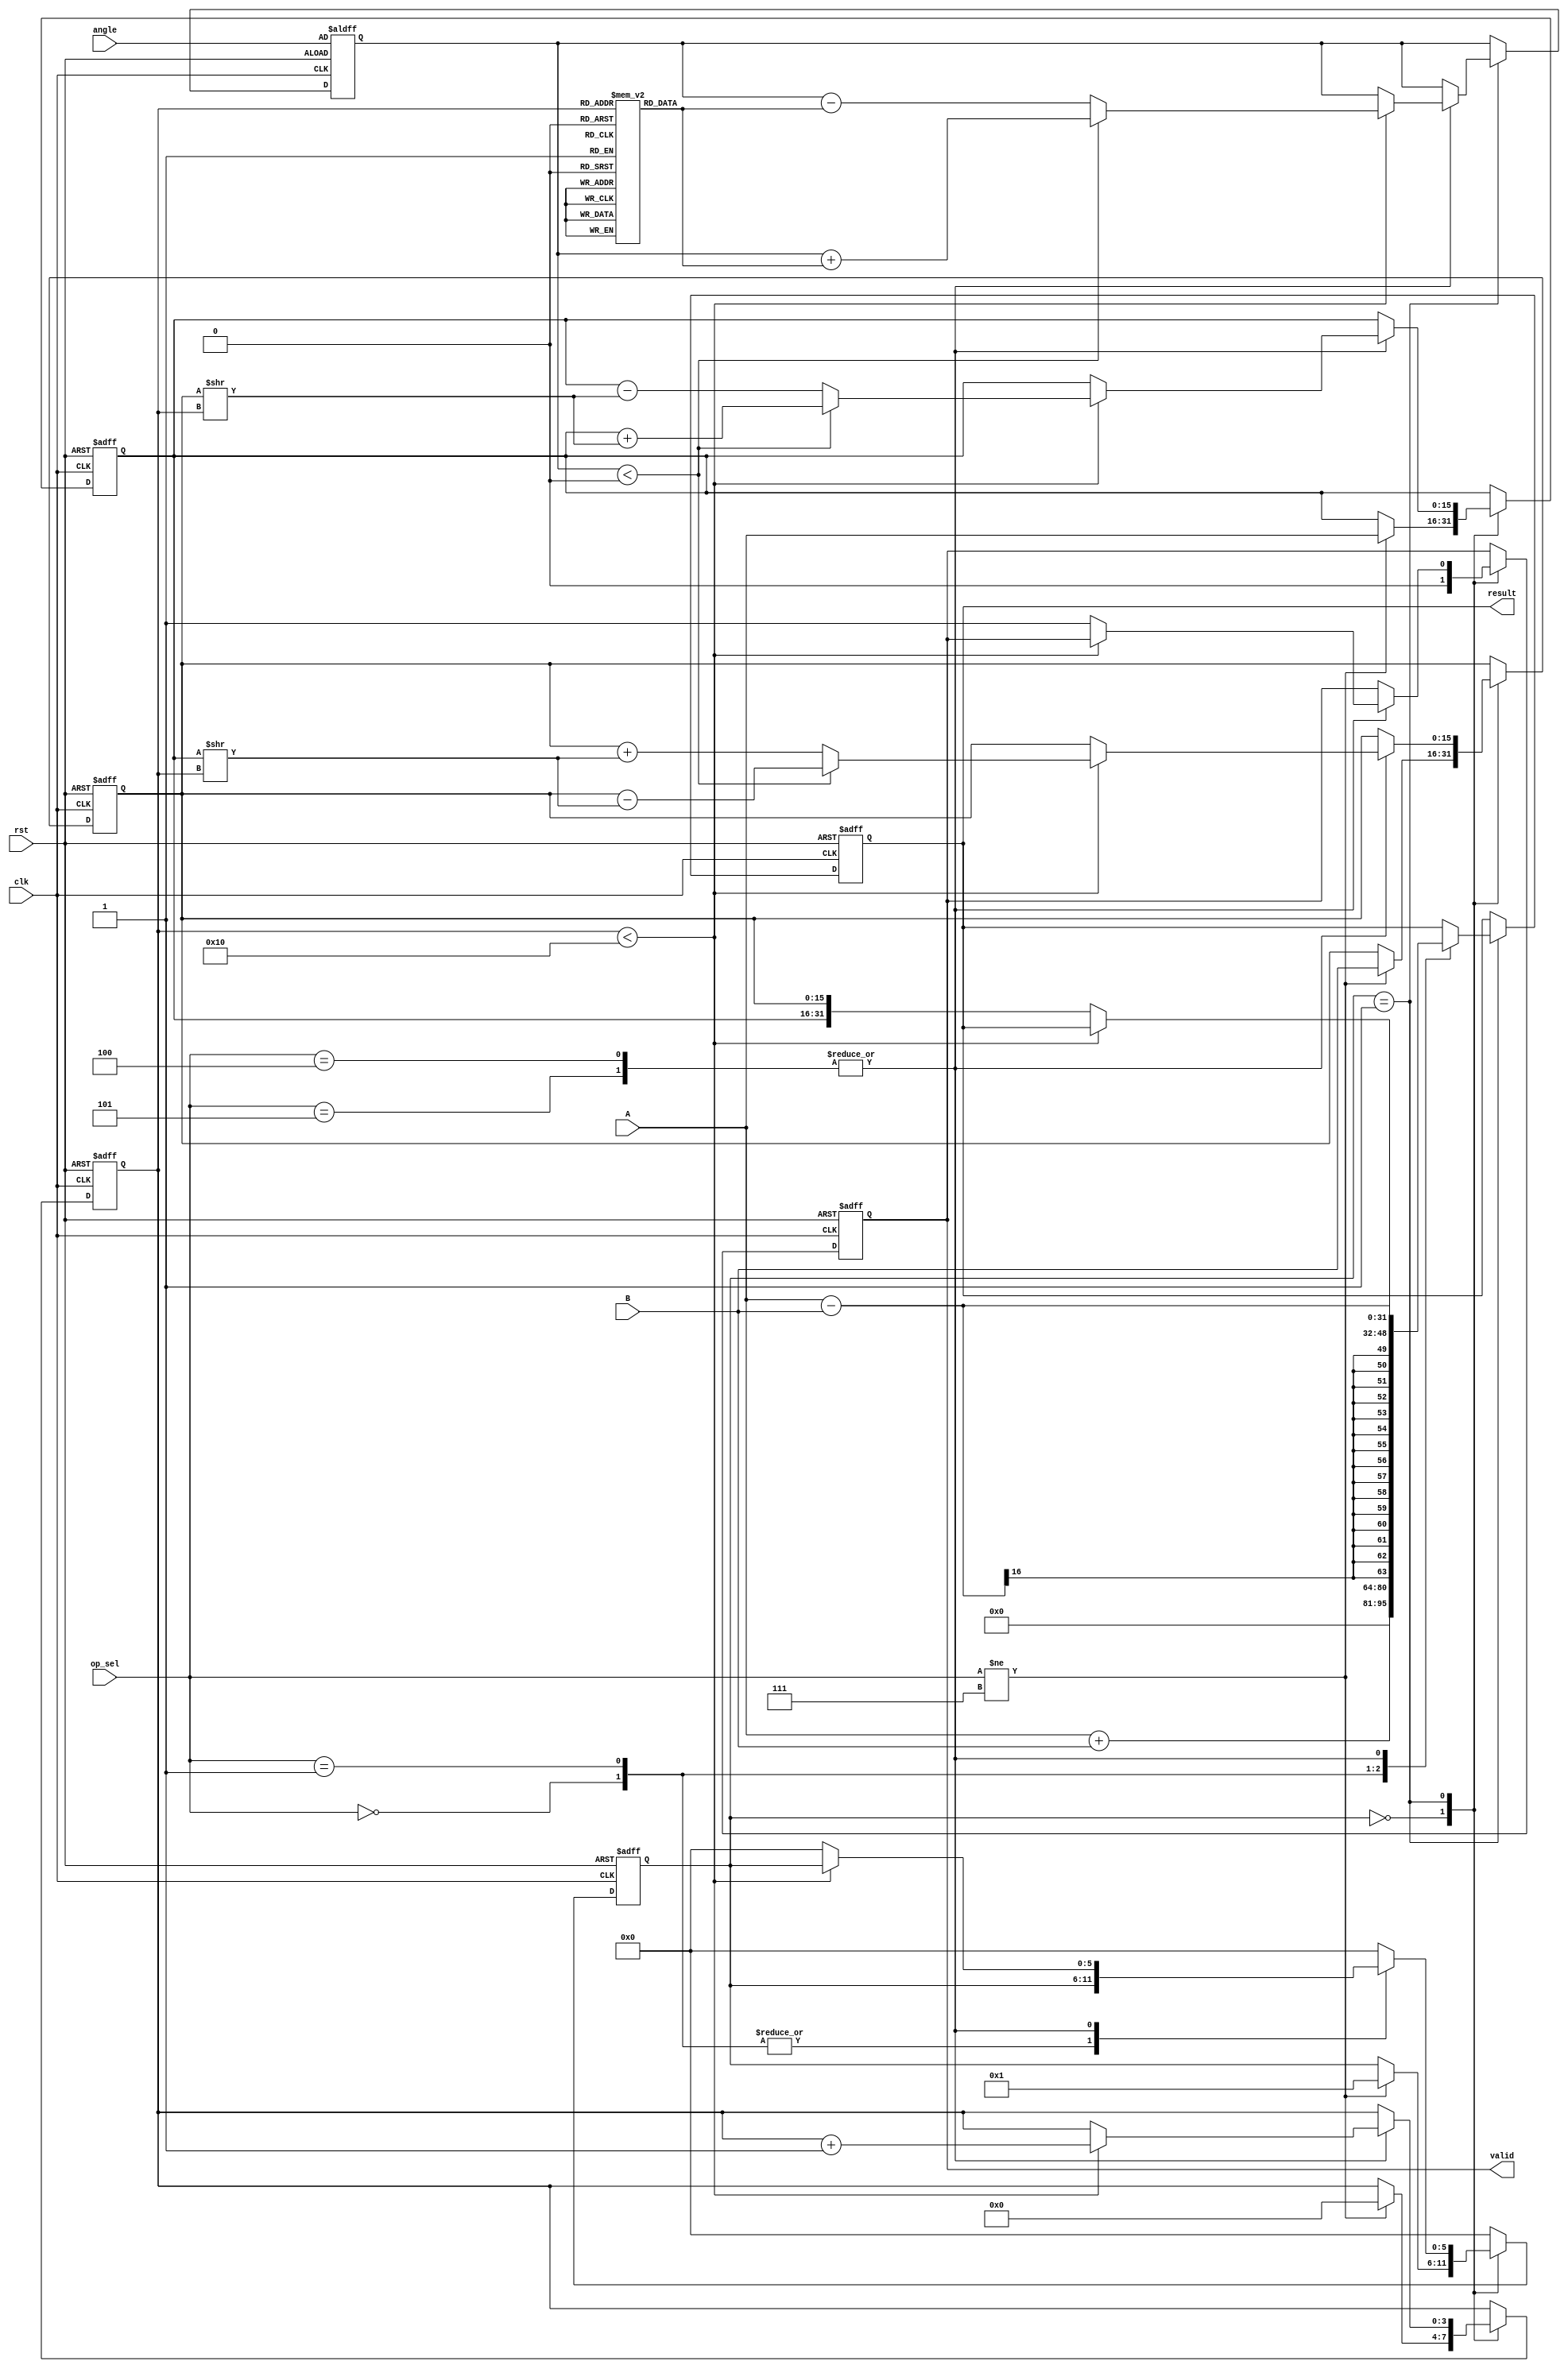
module CORDIC_Arithmetic (
    input wire clk,
    input wire rst,
    input wire [15:0] A,      // Operand A
    input wire [15:0] B,      // Operand B
    input wire [2:0] op_sel,  // Operation selector
    input wire [15:0] angle,   // Angle input for trig functions
    output reg [31:0] result,  // Result of the operation
    output reg valid           // Result valid flag
);

// Parameters
parameter ADD = 3'b000;
parameter SUB = 3'b001;
parameter MUL = 3'b010;
parameter DIV = 3'b011;
parameter SIN = 3'b100;
parameter COS = 3'b101;
parameter N = 16; // Number of iterations for CORDIC

// Internal signals
reg [15:0] x, y, z; // CORDIC internal variables
reg [15:0] angle_table [0:N-1]; // Angle lookup table
reg [3:0] iteration; // Current iteration count
reg [5:0] state; // FSM state

// Initialize angle table
initial begin
    // Pre-computed angles for CORDIC (in radians)
    angle_table[0] = 16'h0C90; // atan(1/2^0)
    angle_table[1] = 16'h0632; // atan(1/2^1)
    angle_table[2] = 16'h0324; // atan(1/2^2)
    // ... (Add more values for N iterations)
end

// Control unit (Finite State Machine)
always @(posedge clk or posedge rst) begin
    if (rst) begin
        result <= 0;
        valid <= 0;
        iteration <= 0;
        state <= 0;
        x <= 16'h0001; // Initial x (cos(0))
        y <= 16'h0000; // Initial y (sin(0))
        z <= angle;    // Initial angle
    end else begin
        case (state)
            0: begin // Idle state
                valid <= 0;
                if (op_sel != 3'b111) begin // Check for valid operation
                    x <= A; // Load operands for operation
                    y <= B;
                    iteration <= 0;
                    state <= 1; // Move to next state
                end
            end
            1: begin // Perform operation based on op_sel
                case (op_sel)
                    ADD: result <= A + B;
                    SUB: result <= A - B;
                    // Implement other operations here (MUL, DIV)
                    SIN, COS: begin
                        // CORDIC rotation mode
                        if(iteration < N) begin
                            // CORDIC rotation logic
                            if(z < 0) begin
                                x <= x + (y >> iteration);
                                y <= y - (x >> iteration);
                                z <= z + angle_table[iteration];
                            end else begin
                                x <= x - (y >> iteration);
                                y <= y + (x >> iteration);
                                z <= z - angle_table[iteration];
                            end
                            iteration <= iteration + 1;
                        end else begin
                            result <= {x, y}; // Combine results
                            valid <= 1; // Result is valid
                            state <= 0; // Return to idle
                        end
                    end
                    default: state <= 0; // Invalid operation
                endcase
            end
            default: state <= 0; // Reset to idle on default
        endcase
    end
end

endmodule